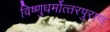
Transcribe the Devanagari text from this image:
विष्‍णुधर्मोत्‍तरपुराण